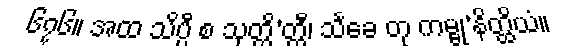
၆၇၆။ အထ သိပ္ပီ စ သုတ္တိ’တ္ထီ၊ သင်္ခေ တု ကမ္ဗု’နိတ္ထိယံ။